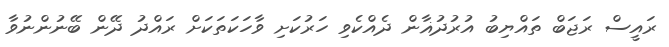
ރައީސް ރަޖަބް ތައްޔިބު އުރުދުޣާން ދެއްކެވި ހަރުކަށި ވާހަކަތަކަށް ރައްދު ދޭން ބޭނުންނުވާ